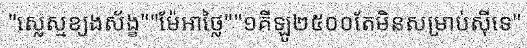
ស្លេស្មខ្យងស័ង្ខ"ម៉ែអាថ្លៃ"១គីឡូ២៥០០តែមិនសម្រាប់ស៊ីទេ